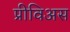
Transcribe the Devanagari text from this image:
प्रीविअस